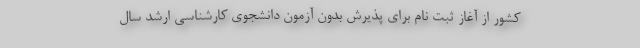
کشور از آغاز ثبت نام برای پذیرش بدون آزمون دانشجوی کارشناسی ارشد سال